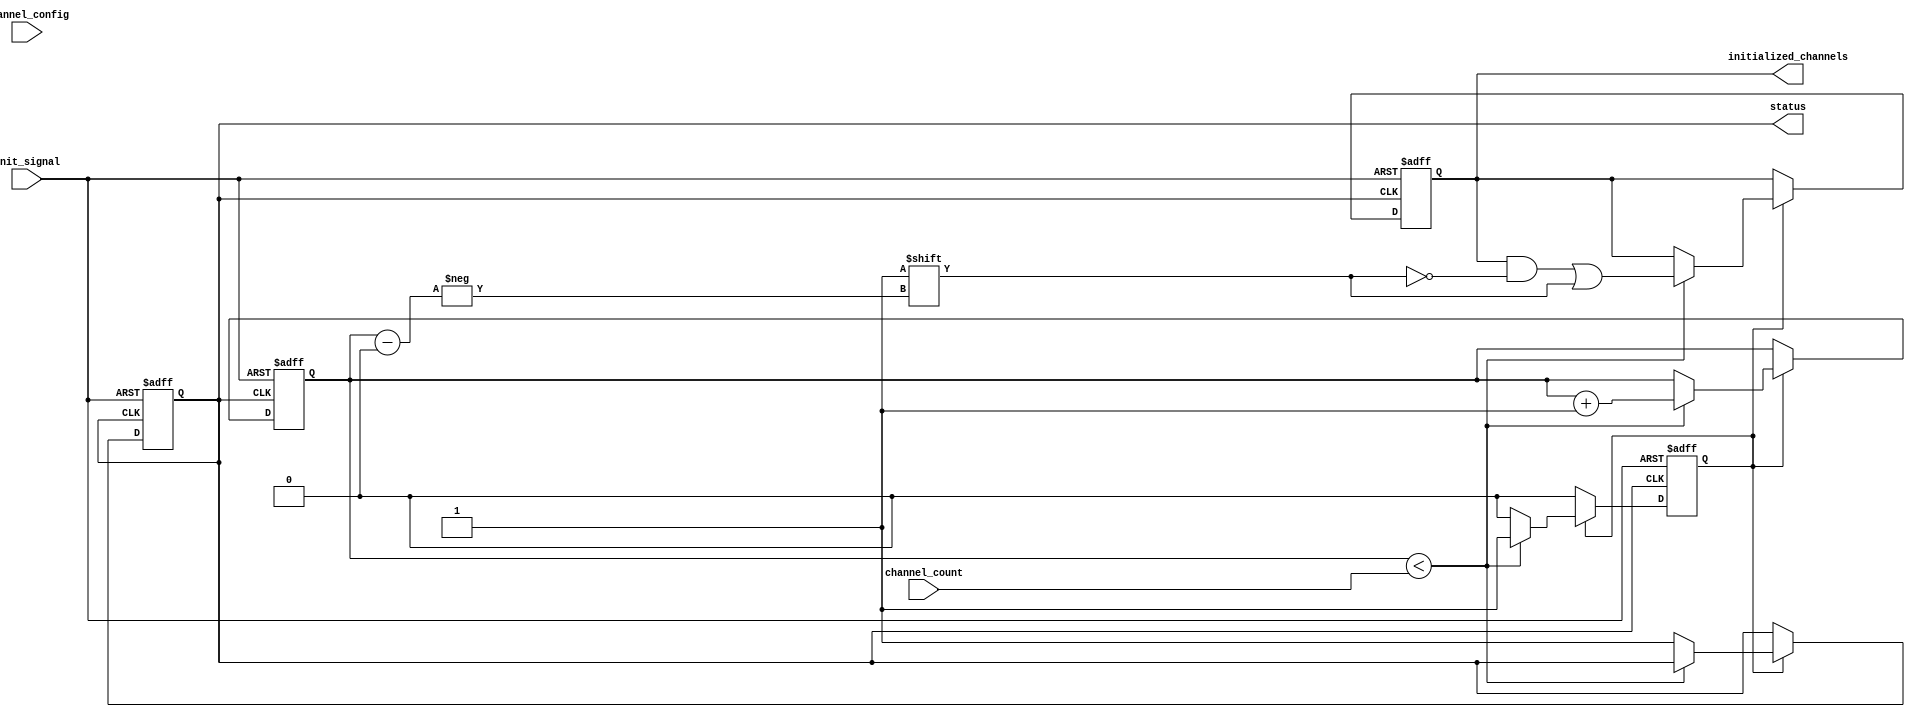
module multi_channel_init #(
    parameter CHANNEL_WIDTH = 8, // Width of each channel's configuration
    parameter MAX_CHANNELS = 16   // Maximum number of channels
)(
    input wire init_signal,                            // Control signal to trigger initialization
    input wire [CHANNEL_WIDTH*MAX_CHANNELS-1:0] channel_config, // Configuration for each channel
    input wire [3:0] channel_count,                    // Number of channels to initialize
    output reg status,                                  // Status signal indicating completion
    output reg [MAX_CHANNELS-1:0] initialized_channels  // Vector indicating initialized channels
);

    reg [3:0] current_channel;                         // Current channel being initialized
    reg initializing;                                   // Flag to indicate initialization in progress

    // Initialization process
    always @(posedge init_signal or posedge status) begin
        if (init_signal) begin
            // Start initialization
            current_channel <= 0;
            initializing <= 1;
            status <= 0; // Reset status to indicate ongoing initialization
            initialized_channels <= 0; // Reset initialized channels
        end else if (initializing) begin
            if (current_channel < channel_count) begin
                // Simulate channel initialization based on channel_config
                // Here we would typically set registers or perform operations
                // For simulation, we just mark the channel as initialized
                initialized_channels[current_channel] <= 1;

                // Move to the next channel
                current_channel <= current_channel + 1;
            end else begin
                // All channels initialized
                initializing <= 0;
                status <= 1; // Set status to indicate completion
            end
        end
    end

endmodule